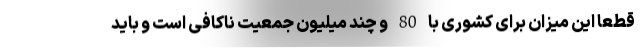
قطعاً این میزان برای کشوری با 80 و چند میلیون جمعیت ناکافی است و باید